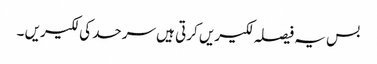
بس یہ فیصلہ لکیریں کرتی ہیں سرحد کی لکیریں ۔